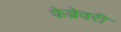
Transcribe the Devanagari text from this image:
फेब्रेवरी